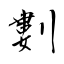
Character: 𠞭